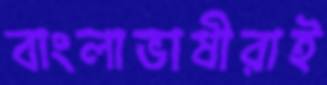
বাংলাভাষীরাই